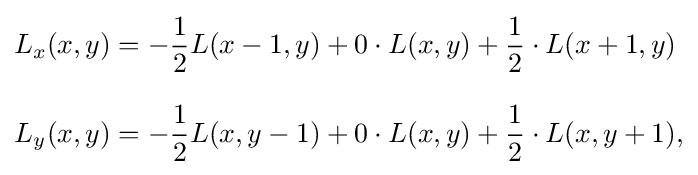
{\begin{aligned}L_{x}(x,y)&=-{\frac {1}{2}}L(x-1,y)+0\cdot L(x,y)+{\frac {1}{2}}\cdot L(x+1,y)\\[8pt]L_{y}(x,y)&=-{\frac {1}{2}}L(x,y-1)+0\cdot L(x,y)+{\frac {1}{2}}\cdot L(x,y+1),\end{aligned}}